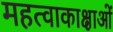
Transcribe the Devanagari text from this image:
महत्वाकाक्षाओं